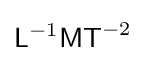
{\mathsf {L}}^{-1}{\mathsf {MT}}^{-2}